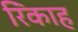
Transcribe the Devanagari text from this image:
रिंकाह